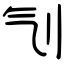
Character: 刏